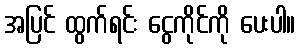
အပြင် ထွက်ရင်း ငွေကိုင်ကို ပေးပါ။